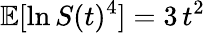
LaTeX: \mathbb{E}[\ln S(t)^{4}]=3\, t^{2}